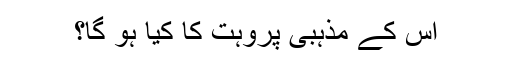
اس کے مذہبی پروہت کا کیا ہو گا؟